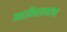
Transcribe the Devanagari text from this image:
महाविद्यालयांना